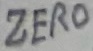
Text: ZERO